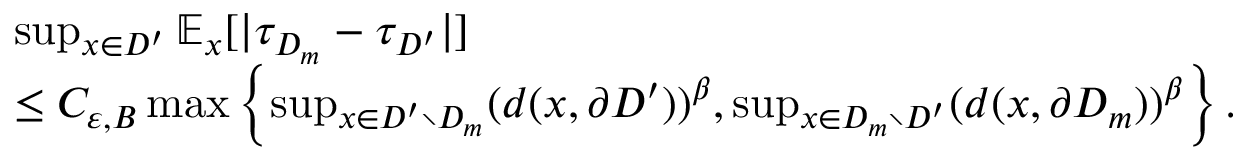
\begin{array} { r l } & { \operatorname* { s u p } _ { x \in D ^ { \prime } } \mathbb { E } _ { x } [ | \tau _ { D _ { m } } - \tau _ { D ^ { \prime } } | ] } \\ & { \le C _ { \varepsilon , B } \operatorname* { m a x } \left\{ \operatorname* { s u p } _ { x \in D ^ { \prime } \setminus { D _ { m } } } ( d ( x , \partial D ^ { \prime } ) ) ^ { \beta } , \operatorname* { s u p } _ { x \in D _ { m } \setminus { D ^ { \prime } } } ( d ( x , \partial D _ { m } ) ) ^ { \beta } \right\} . } \end{array}